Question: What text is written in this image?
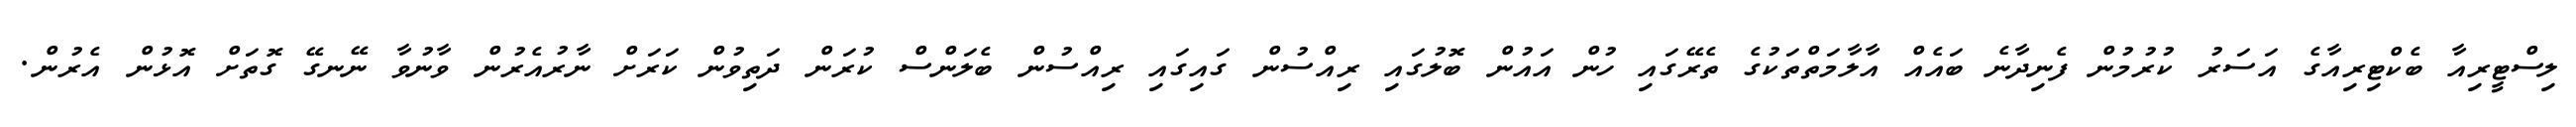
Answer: ލިސްޓީރިއާ ބެކްޓިރިއާގެ އަސަރު ކުރުމުން ފެނިދާނެ ބައެއް އާލާމަތްތަކުގެ ތެރޭގައި ހުން އައުން ބޮލުގައި ރިއްސުން ގައިގައި ރިއްސުން ބެލަންސް ކުރަން ދަތިވުން ކަރަށް ނާރުއެރުން ވާނުވާ ނޭނގޭ ގޮތަށް އޮޅުން އެރުން.